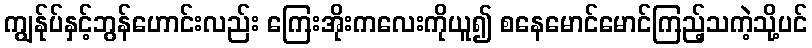
ကျွန်ုပ်နှင့်ဘွန်ဟောင်းလည်း ကြေးအိုးကလေးကိုယူ၍ စနေမောင်မောင်ကြည့်သကဲ့သို့ပင်